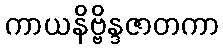
ကာယနိဗ္ဗိန္ဒဇာတကာ